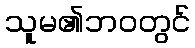
သူမ၏ဘဝတွင်